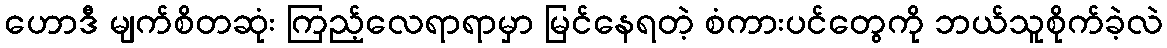
ဟောဒီ မျက်စိတဆုံး ကြည့်လေရာရာမှာ မြင်နေရတဲ့ စံကားပင်တွေကို ဘယ်သူစိုက်ခဲ့လဲ